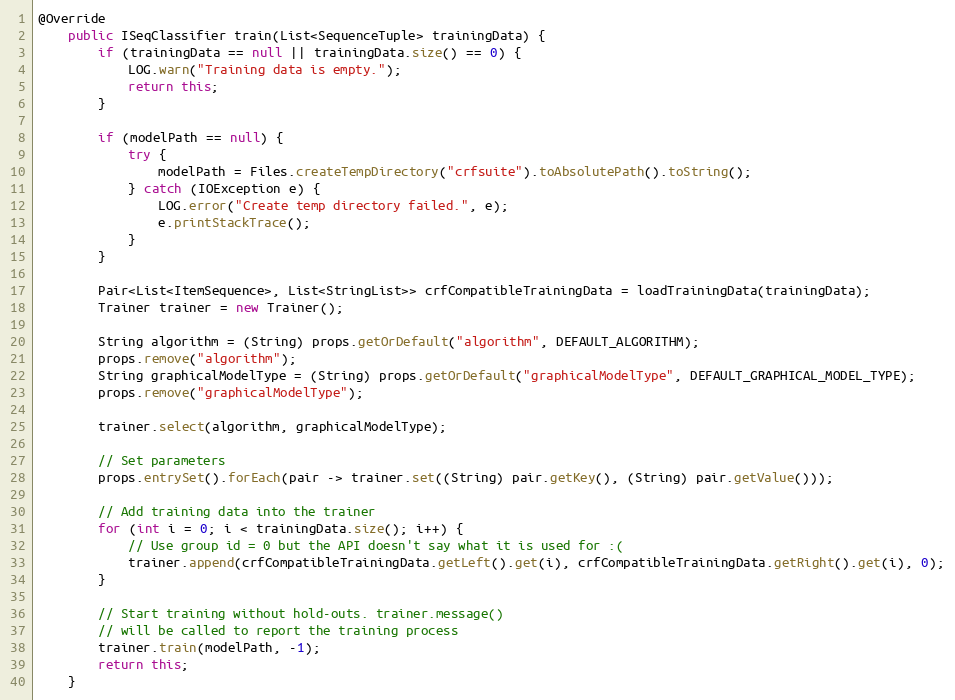
Language: Java
@Override
    public ISeqClassifier train(List<SequenceTuple> trainingData) {
        if (trainingData == null || trainingData.size() == 0) {
            LOG.warn("Training data is empty.");
            return this;
        }

        if (modelPath == null) {
            try {
                modelPath = Files.createTempDirectory("crfsuite").toAbsolutePath().toString();
            } catch (IOException e) {
                LOG.error("Create temp directory failed.", e);
                e.printStackTrace();
            }
        }

        Pair<List<ItemSequence>, List<StringList>> crfCompatibleTrainingData = loadTrainingData(trainingData);
        Trainer trainer = new Trainer();

        String algorithm = (String) props.getOrDefault("algorithm", DEFAULT_ALGORITHM);
        props.remove("algorithm");
        String graphicalModelType = (String) props.getOrDefault("graphicalModelType", DEFAULT_GRAPHICAL_MODEL_TYPE);
        props.remove("graphicalModelType");

        trainer.select(algorithm, graphicalModelType);

        // Set parameters
        props.entrySet().forEach(pair -> trainer.set((String) pair.getKey(), (String) pair.getValue()));

        // Add training data into the trainer
        for (int i = 0; i < trainingData.size(); i++) {
            // Use group id = 0 but the API doesn't say what it is used for :(
            trainer.append(crfCompatibleTrainingData.getLeft().get(i), crfCompatibleTrainingData.getRight().get(i), 0);
        }

        // Start training without hold-outs. trainer.message()
        // will be called to report the training process
        trainer.train(modelPath, -1);
        return this;
    }